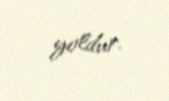
yoldur.